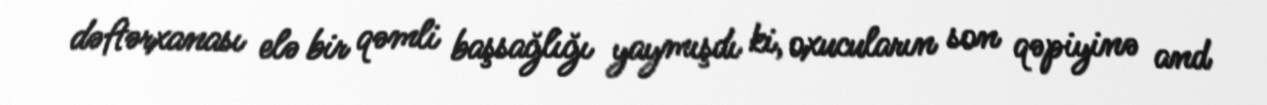
dəftərxanası elə bir qəmli başsağlığı yaymışdı ki, oxucuların son qəpiyinə and